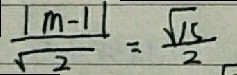
\frac { \vert m - 1 \vert } { \sqrt { 2 } } = \frac { \sqrt { 1 5 } } { 2 }